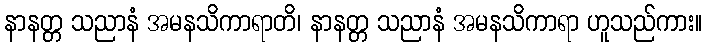
နာနတ္တ သညာနံ အမနသိကာရာတိ၊ နာနတ္တ သညာနံ အမနသိကာရာ ဟူသည်ကား။